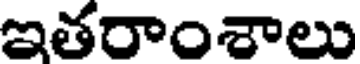
ఇతరాంశాలు